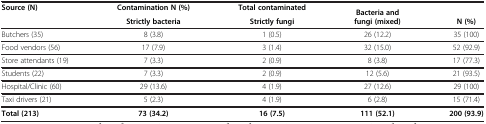
| <ROWSPAN=2> Source (N) | Contamination N (%) | Total contaminated | <ROWSPAN=2> Bacteria and fungi (mixed) | <ROWSPAN=2> N (%) |
 | Strictly bacteria | Strictly fungi |
 | --- | --- | --- | --- | --- |
 | Butchers (35) | 8 (3.8) | 1 (0.5) | 26 (12.2) | 35 (100) |
 | Food vendors (56) | 17 (7.9) | 3 (1.4) | 32 (15.0) | 52 (92.9) |
 | Store attendants (19) | 7 (3.3) | 2 (0.9) | 8 (3.8) | 17 (77.3) |
 | Students (22) | 7 (3.3) | 2 (0.9) | 12 (5.6) | 21 (93.5) |
 | Hospital/Clinic (60) | 29 (13.6) | 4 (1.9) | 27 (12.6) | 29 (100) |
 | Taxi drivers (21) | 5 (2.3) | 4 (1.9) | 6 (2.8) | 15 (71.4) |
 | Total (213) | 73 (34.2) | 16 (7.5) | 111 (52.1) | 200 (93.9) |